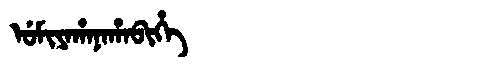
Manchu: ᡠᠮᡳᠶᠠᡥᠠᠨᠠᡥᠠᠪᡳᡥᡝ
Romanization: UMIYAHANAHABIHE